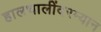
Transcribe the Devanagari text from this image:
हालचालींदरम्यान